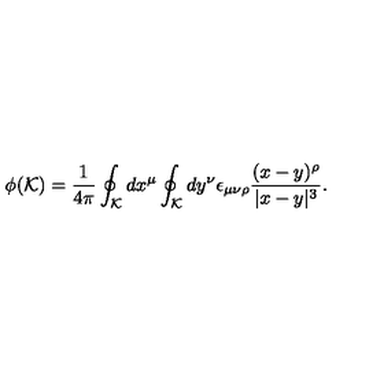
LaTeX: \phi ( { \cal K } ) = { \frac { 1 } { 4 \pi } } \oint _ { \cal K } d x ^ { \mu } \oint _ { \cal K } d y ^ { \nu } \epsilon _ { \mu \nu \rho } { \frac { ( x - y ) ^ { \rho } } { | x - y | ^ { 3 } } } .